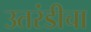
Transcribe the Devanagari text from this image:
उतरंडीचा